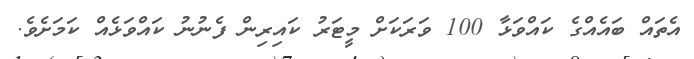
އެތައް ބައެއްގެ ކައްވަޅާ 100 ވަރަކަށް މީޓަރު ކައިރިން ފެނުނު ކައްވަޅެއް ކަމަށެވެ.